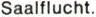
Saalflucht.